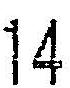
14